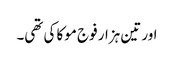
اور تین ہزار فوج موکا کی تھی۔